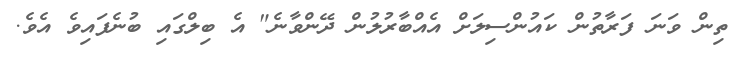
ތިން ވަނަ ފަރާތުން ކައުންސިލަށް އެއްބާރުލުން ދޭންވާނެ" އެ ބިލްގައި ބުނެފައިވެ އެވެ.